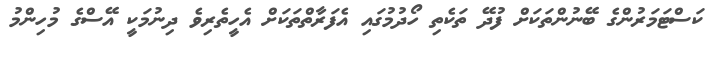
ކަސްޓަމަރުންގެ ބޭނުންތަކަށް ފުދޭ ތަކެތި ހޯދުމުގައި އެފަރާތްތަކަށް އެހީތެރިވެ ދިނުމަކީ އޭސްގެ މުހިންމު